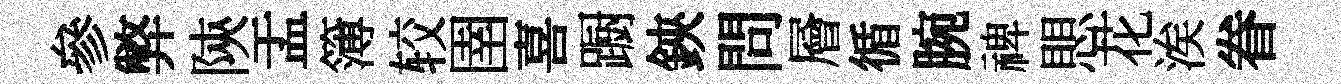
參弊陝盂簿较圉喜蹰鋏問層循腕禆愳花涘眷